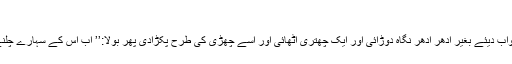
‘‘
بھانجے نے اس تبصرے کا جواب دیئے بغیر اِدھر اُدھر نگاہ دوڑائی اور ایک چھتری اُٹھائی اور اُسے چھڑی کی طرح پکڑادی پھر بولا:’’ اب اس کے سہارے چلنے کی کوشش کیجیے، شاباش!